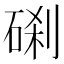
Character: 𥓑